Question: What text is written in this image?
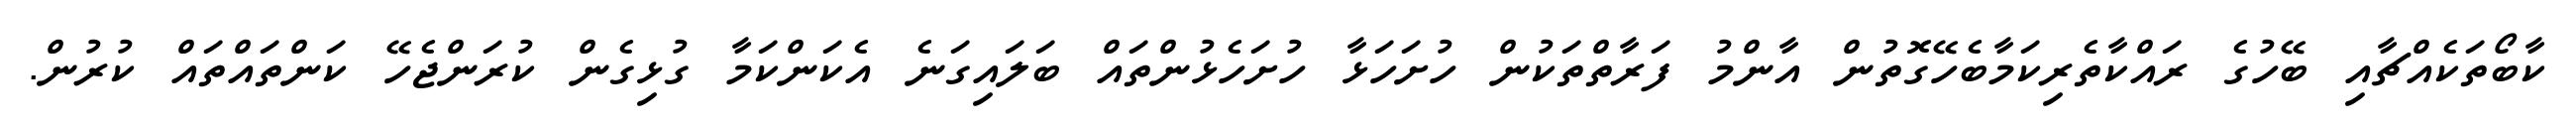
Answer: ކާބޯތަކެއްޗާއި ބޭހުގެ ރައްކާތެރިކަމާބެހޭގޮތުން އާންމު ފަރާތްތަކުން ހުށަހަޅާ ހުށަހެޅުންތައް ބަލައިގަނެ އެކަންކަމާ ގުޅިގެން ކުރަންޖެހޭ ކަންތައްތައް ކުރުން.